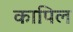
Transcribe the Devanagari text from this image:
कापिल